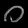
Digit: ၀